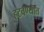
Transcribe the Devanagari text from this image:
हटवण्यात